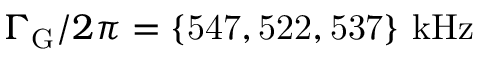
\Gamma _ { \mathrm { G } } / 2 \pi = \mathrm { \{ 5 4 7 , 5 2 2 , 5 3 7 \} ~ k H z }